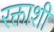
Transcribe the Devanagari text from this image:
रक्ताशी